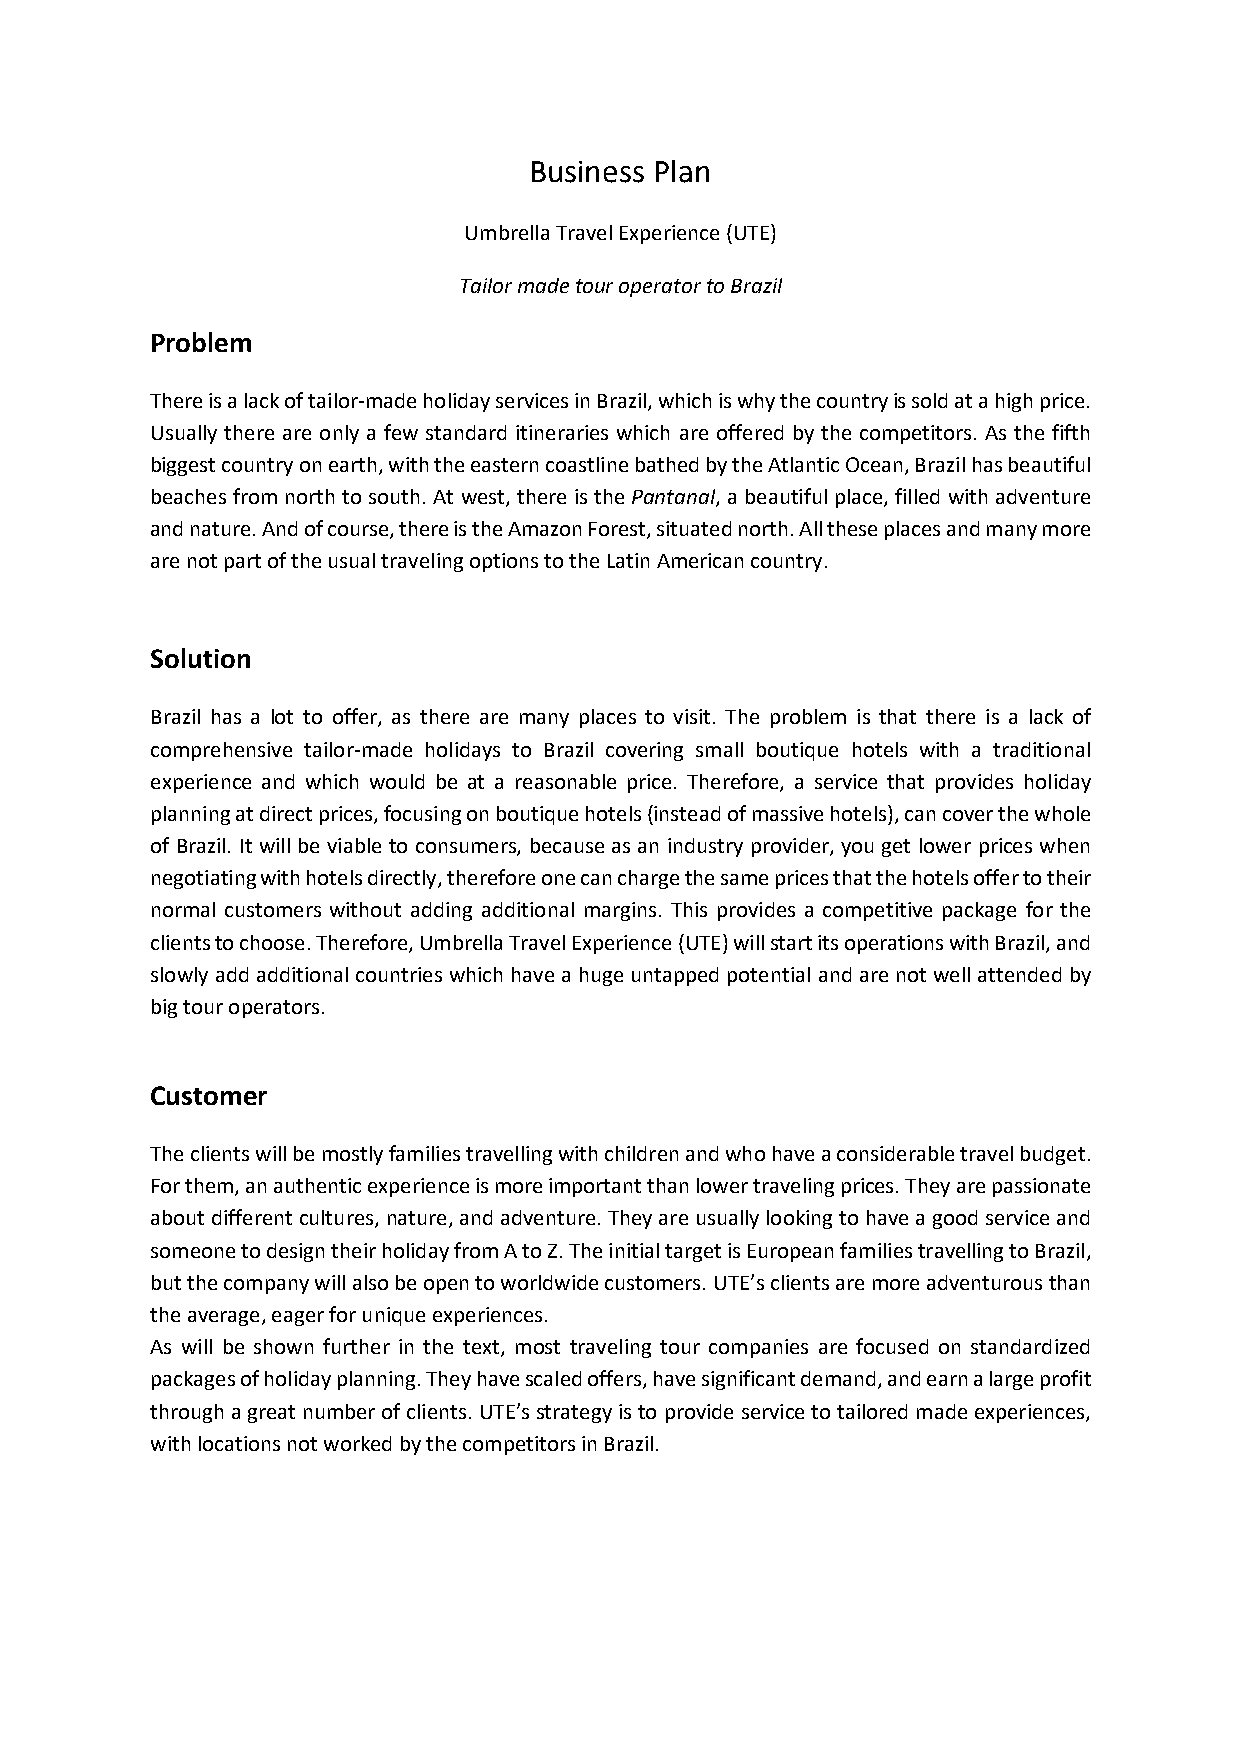
Business Plan
 Umbrella Travel Experience (UTE)
 Tailor made tour operator to Brazil
 Problem
 There is a lack of tailor-made holiday services in Brazil, which is why the country is sold at a high price.
 Usually there are only a few standard itineraries which are offered by the competitors. As the fifth
 biggest country on earth, with the eastern coastline bathed by the Atlantic Ocean, Brazil has beautiful
 beaches from north to south. At west, there is the Pantanal, a beautiful place, filled with adventure
 and nature. And of course, there is the Amazon Forest, situated north. All these places and many more
 are not part of the usual traveling options to the Latin American country.
 Solution
 Brazil has a lot to offer, as there are many places to visit. The problem is that there is a lack of
 comprehensive tailor-made holidays to Brazil covering small boutique hotels with a traditional
 experience and which would be at a reasonable price. Therefore, a service that provides holiday
 planning at direct prices, focusing on boutique hotels (instead of massive hotels), can cover the whole
 of Brazil. It will be viable to consumers, because as an industry provider, you get lower prices when
 negotiating with hotels directly, therefore one can charge the same prices that the hotels offer to their
 normal customers without adding additional margins. This provides a competitive package for the
 clients to choose. Therefore, Umbrella Travel Experience (UTE) will start its operations with Brazil, and
 slowly add additional countries which have a huge untapped potential and are not well attended by
 big tour operators.
 Customer
 The clients will be mostly families travelling with children and who have a considerable travel budget.
 For them, an authentic experience is more important than lower traveling prices. They are passionate
 about different cultures, nature, and adventure. They are usually looking to have a good service and
 someone to design their holiday from A to Z. The initial target is European families travelling to Brazil,
 but the company will also be open to worldwide customers. UTE’s clients are more adventurous than
 the average, eager for unique experiences.
 As will be shown further in the text, most traveling tour companies are focused on standardized
 packages of holiday planning. They have scaled offers, have significant demand, and earn a large profit
 through a great number of clients. UTE’s strategy is to provide service to tailored made experiences,
 with locations not worked by the competitors in Brazil.